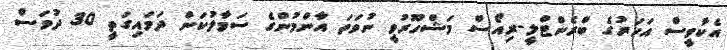
އެކާވީސް އަހަރުގެ ބްރެންޓްލީ-ރިއޯސް މަޝްހޫރުވީ ނުވަތަ އާންމުންގެ ސަމާލުކަން ދަމައިގަތީ 30 ދުވަސް